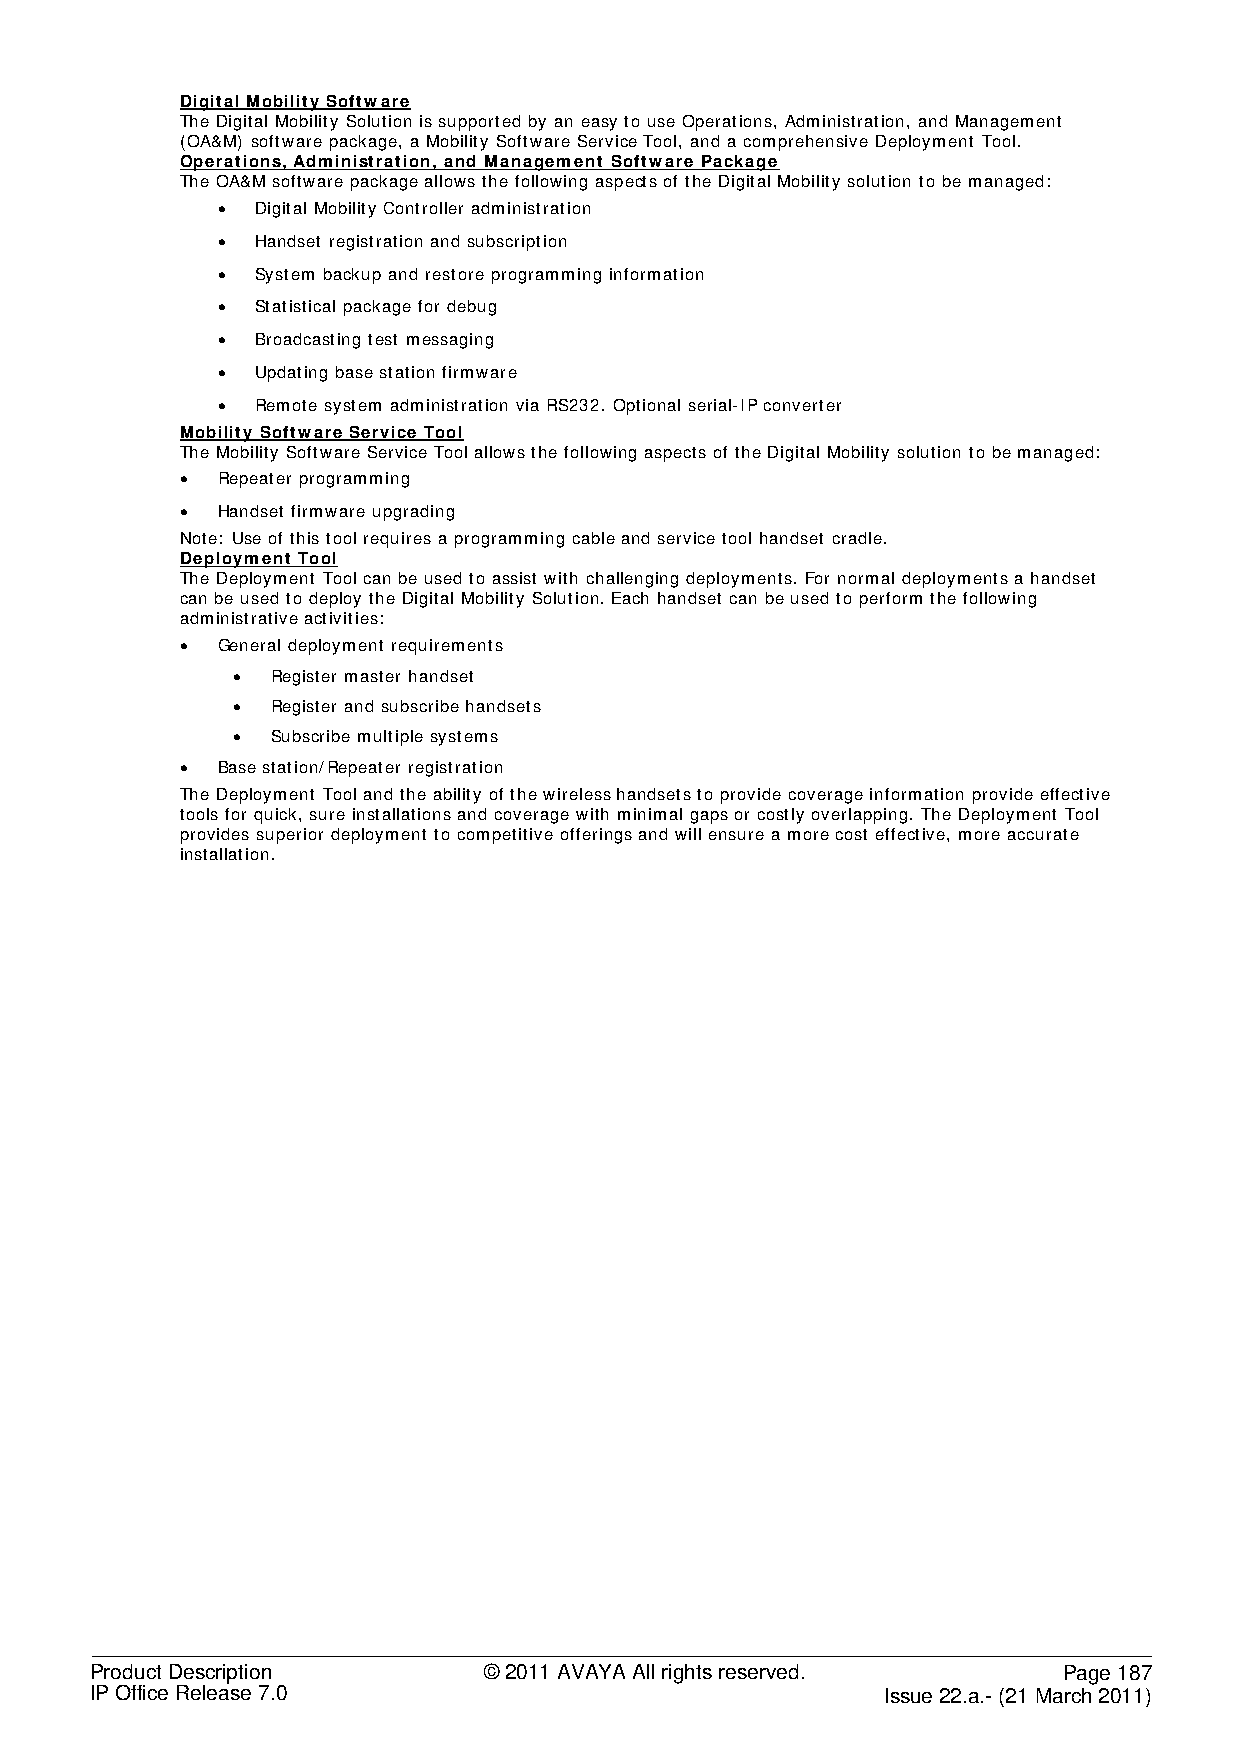
Digital Mobility Software
 The Digital Mobility Solution is supported by an easy to use Operations, Administration, and Management
 (OA&M) software package, a Mobility Software Service Tool, and a comprehensive Deployment Tool.
 Operations, Administration, and Management Software Package
 The OA&M software package allows the following aspects of the Digital Mobility solution to be managed:
 •  Digital Mobility Controller administration
 •  Handset registration and subscription
 •  System backup and restore programming information
 •  Statistical package for debug
 •  Broadcasting test messaging
 •  Updating base station firmware
 •  Remote system administration via RS232. Optional serial-IP converter
 Mobility Software Service Tool
 The Mobility Software Service Tool allows the following aspects of the Digital Mobility solution to be managed:
 • Repeater programming
 • Handset firmware upgrading
 Note: Use of this tool requires a programming cable and service tool handset cradle.
 Deployment Tool
 The Deployment Tool can be used to assist with challenging deployments. For normal deployments a handset
 can be used to deploy the Digital Mobility Solution. Each handset can be used to perform the following
 administrative activities:
 • General deployment requirements
 •  Register master handset
 •  Register and subscribe handsets
 •  Subscribe multiple systems
 • Base station/Repeater registration
 The Deployment Tool and the ability of the wireless handsets to provide coverage information provide effective
 tools for quick, sure installations and coverage with minimal gaps or costly overlapping. The Deployment Tool
 provides superior deployment to competitive offerings and will ensure a more cost effective, more accurate
 installation.
 Product Description       © 2011 AVAYA All rights reserved.     Page 187
 IP Office Release 7.0                                Issue 22.a.- (21 March 2011)